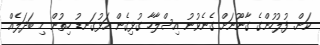
ކަން. ފުލުހުންގެ ގާނޫނަށް ގެނެވުނު އިސްލާހާ ގުޅިގެން އަޅުގަނޑު ހިތުން މި ބަދަލެއް